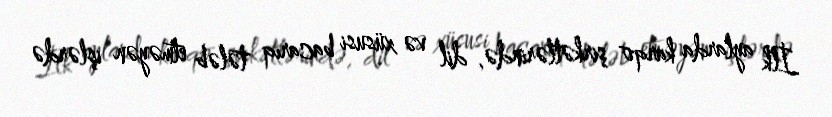
İlk aylarda karqo şirkətlərində, dil və xüsusi bacarıq tələb etməyən işlərdə